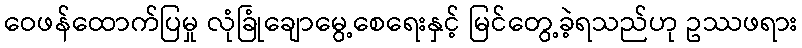
ဝေဖန်ထောက်ပြမှု လုံခြုံချောမွေ့စေရေးနှင့် မြင်တွေ့ခဲ့ရသည်ဟု ဥဿဖရား